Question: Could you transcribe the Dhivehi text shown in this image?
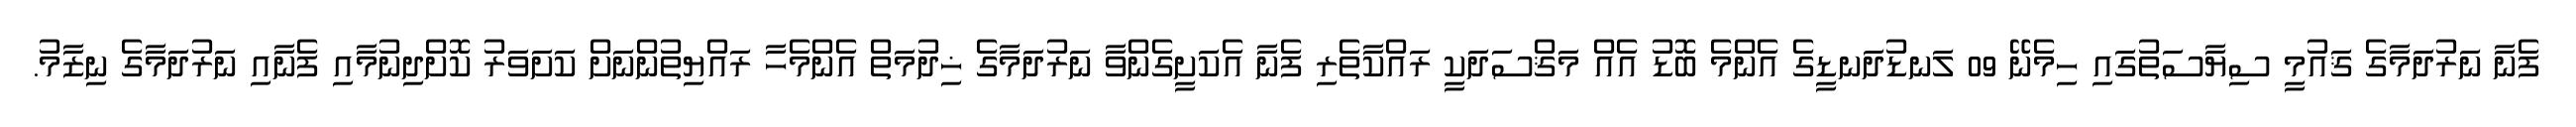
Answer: ފެނާ ނަރުދަމާގެ ޤައުމީ ސިޔާސަތުގައި ހިމެނޭ 09 ލަނޑުދަނޑީގެ އެންމެ ބޮޑު އެއް މަޤްސަދަކީ ރައްކާތެރި ފެނާ އެކަށީގެންވާ ނަރުދަމާގެ ޚިދުމަތް އެންމެހާ ރައްޔިތުންނަށް ކަށަވަރު ކޮށްދިނުމާއި ފެނާއި ނަރުދަމާގެ ނިޒާމު.